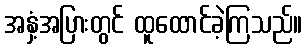
အနှံ့အပြားတွင် ထူထောင်ခဲ့ကြသည်။